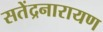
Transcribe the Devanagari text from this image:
सतेंद्रनारायण